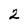
Character: 2